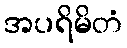
အပရိမိတံ